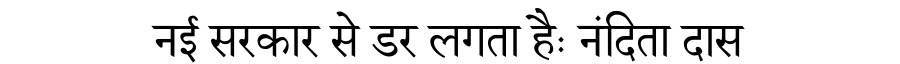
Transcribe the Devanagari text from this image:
नई सरकार से डर लगता हैः नंदिता दास